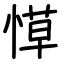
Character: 愺